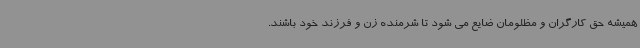
همیشه حق کارگران و مظلومان ضایع می شود تا شرمنده زن و فرزند خود باشند.